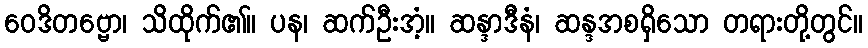
ဝေဒိတဗ္ဗော၊ သိထိုက်၏။ ပန၊ ဆက်ဦးအံ့။ ဆန္ဒာဒီနံ၊ ဆန္ဒအစရှိသော တရားတို့တွင်။